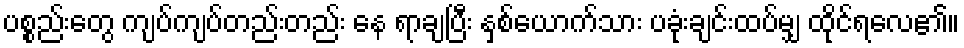
ပစ္စည်းတွေ ကျပ်ကျပ်တည်းတည်း နေ ရာချပြီး နှစ်ယောက်သား ပခုံးချင်းထပ်မျှ ထိုင်ရလေ၏။